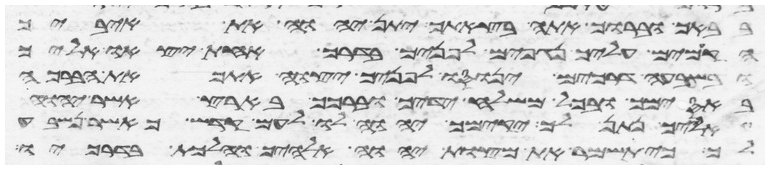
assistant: בבאך וברוך אתה בצאתך יתן יהוה את איביך
הקמים עליך נגפים לפניך בדרך אחת יצאו אליך
ובשבעה דרכים ינוסו לפניך יצוה יהוה אתך את הברכה
באסימך ובכל משלח ידיך וברכך בארץ אשר יהוה
אלהיך נתן לך יקימך יהוה לו לעם קדש כאשר נשבע
לך כי תשמר את מצות יהוה אלהיך והלכת בדרכיו